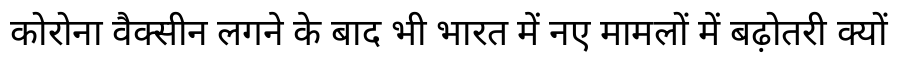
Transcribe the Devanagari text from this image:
कोरोना वैक्सीन लगने के बाद भी भारत में नए मामलों में बढ़ोतरी क्यों